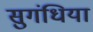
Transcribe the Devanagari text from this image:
सुगंधिया